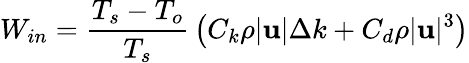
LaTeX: W_{in}={\frac{T_{s}-T_{o}}{T_{s}}}\left(C_{k}\rho|\mathbf{u}|\Delta k+C_{d}\rho|\mathbf{u}|^{3}\right)